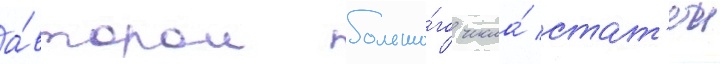
а́втором большо́го числа́ стат'еи